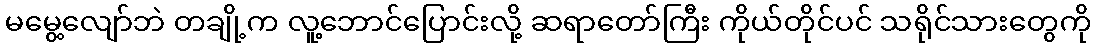
မမွေ့လျော်ဘဲ တချို့က လူ့ဘောင်ပြောင်းလို့ ဆရာတော်ကြီး ကိုယ်တိုင်ပင် သရိုင်သားတွေကို